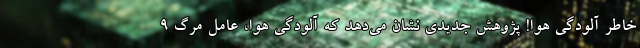
خاطر آلودگی هوا! پژوهش جدیدی نشان می‌دهد که آلودگی هوا، عامل مرگ ۹